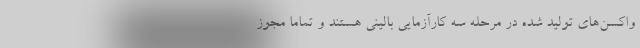
واکسن‌های تولید شده در مرحله سه کارآزمایی بالینی هستند و تماما مجوز